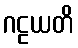
ဂဠယတိ